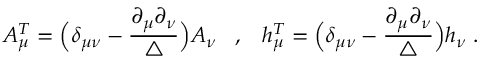
A _ { \mu } ^ { T } = \Big ( \delta _ { \mu \nu } - \frac { \partial _ { \mu } \partial _ { \nu } } { \triangle } \Big ) A _ { \nu } \; \; \; , \; \; \; h _ { \mu } ^ { T } = \Big ( \delta _ { \mu \nu } - \frac { \partial _ { \mu } \partial _ { \nu } } { \triangle } \Big ) h _ { \nu } \; .